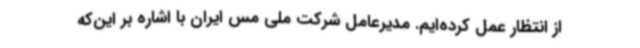
از انتظار عمل کرده‌ایم. مدیرعامل شرکت ملی مس ایران با اشاره بر این‌که